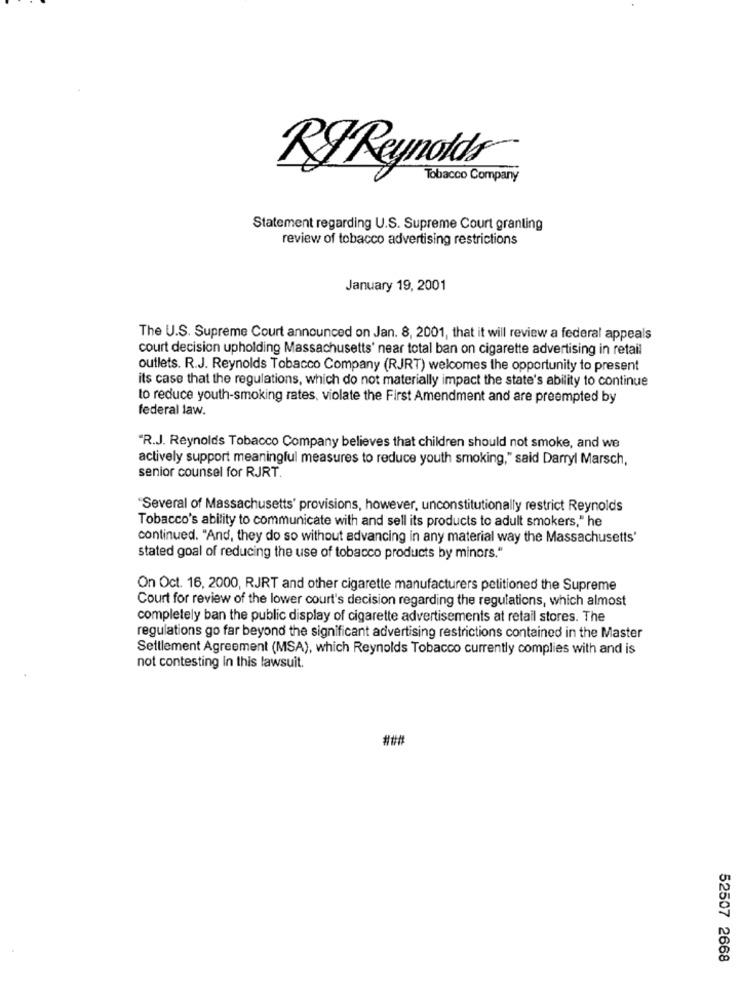
RJ Reynolds
Tobacco Company
Statement regarding U.S. Supreme Court granting
review of tobacco advertising restrictions
January 19, 2001
The U.S. Supreme Court announced on Jan. 8, 2001, that it will review a federal appeals
court decision upholding Massachusetts' near total ban on cigarette advertising in retail
outlets. R.J. Reynolds Tobacco Company (RJRT) welcomes the opportunity to present
its case that the regulations, which do not materially impact the state's ability to continue
to reduce youth-smoking rates, violate the First Amendment and are preempted by
federal law.
"R.J. Reynolds Tobacco Company believes that children should not smoke, and we
actively support meaningful measures to reduce youth smoking," said Darryl Marsch,
senior counsel for RJRT.
"Several of Massachusetts' provisions, however, unconstitutionally restrict Reynolds
Tobacco's ability to communicate with and sell its products to adult smokers," he
continued. "And, they do so without advancing in any material way the Massachusetts'
stated goal of reducing the use of tobacco products by minors."
On Oct. 16, 2000, RJRT and other cigarette manufacturers petitioned the Supreme
Court for review of the lower court's decision regarding the regulations, which almost
completely ban the public display of cigarette advertisements at retail stores. The
regulations go far beyond the significant advertising restrictions contained in the Master
Settlement Agreement (MSA), which Reynolds Tobacco currently complies with and is
not contesting In this lawsuit.
###
52507 2668